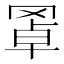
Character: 𦋇